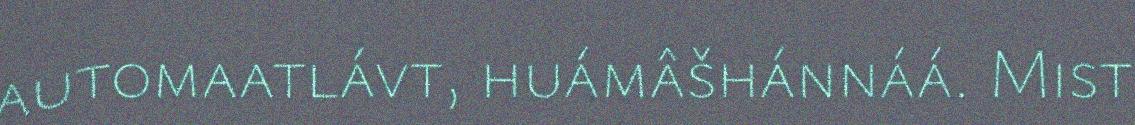
automaatlávt, huámâšhánnáá. Mist